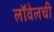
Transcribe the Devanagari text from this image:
लॉवेलची